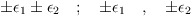
\begin{align*}\pm \epsilon_1 \pm\epsilon_2 \quad ; \quad \pm \epsilon_1 \quad ,\quad \pm \epsilon_2\end{align*}